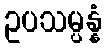
ဥပသမ္ပန္နံ